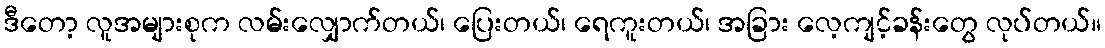
ဒီတော့ လူအများစုက လမ်းလျှောက်တယ်၊ ပြေးတယ်၊ ရေကူးတယ်၊ အခြား လေ့ကျင့်ခန်းတွေ လုပ်တယ်။